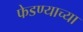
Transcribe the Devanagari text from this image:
फेडण्याच्या